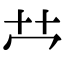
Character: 𫇦